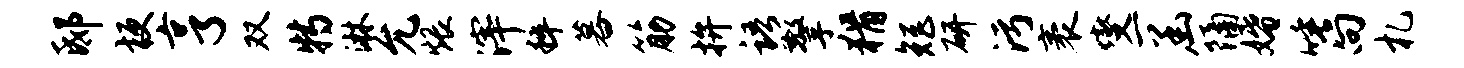
邸梗亨双特淋允煨滓粹暮筋拚语擎猾矩研污袤燮一函隔婚唾向札